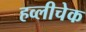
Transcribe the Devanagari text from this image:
हव्लीचेक